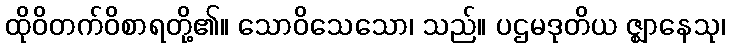
ထိုဝိတက်ဝိစာရတို့၏။ သောဝိသေသော၊ သည်။ ပဌမဒုတိယ ဇ္ဈာနေသု၊